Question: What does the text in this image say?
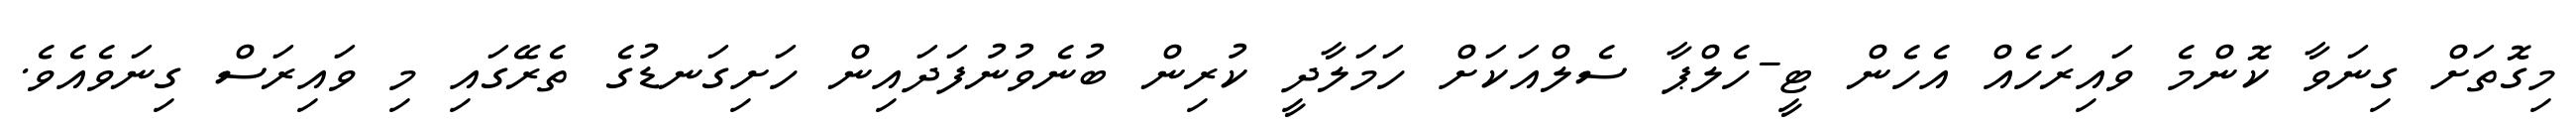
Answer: މިގޮތަށް ގިނަވާ ކޮންމެ ވައިރަހެއް އެހެން ޓީ-ހެލްޕާ ސެލްއަކަށް ހަމަލާދީ ކުރިން ބުނެވުނުފަދައިން ހަށިގަނޑުގެ ތެރޭގައި މި ވައިރަސް ގިނަވެއެވެ.